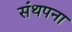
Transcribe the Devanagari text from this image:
संथपना